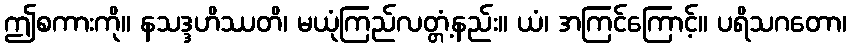
ဤစကားကို။ နသဒ္ဒဟိဿတိ၊ မယုံကြည်လတ္တံ့နည်း။ ယံ၊ အကြင်ကြောင့်။ ပရိသဂတော၊